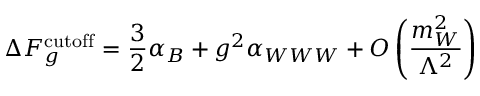
\Delta F _ { g } ^ { \mathrm { c u t o f f } } = \frac 3 2 \alpha _ { B } + g ^ { 2 } \alpha _ { W W W } + { \cal O } \left( \frac { m _ { W } ^ { 2 } } { \Lambda ^ { 2 } } \right)